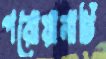
পরোয়ানাটি